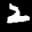
Label: 2